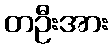
တဦးအား